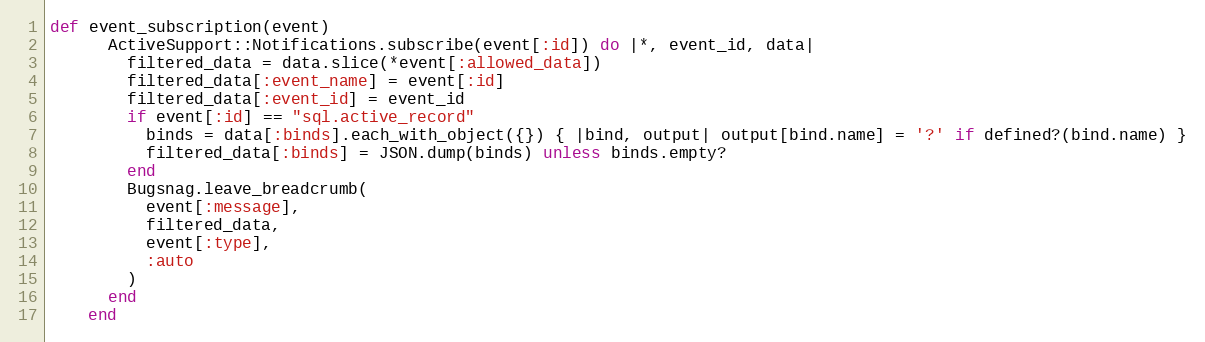
Language: Ruby
def event_subscription(event)
      ActiveSupport::Notifications.subscribe(event[:id]) do |*, event_id, data|
        filtered_data = data.slice(*event[:allowed_data])
        filtered_data[:event_name] = event[:id]
        filtered_data[:event_id] = event_id
        if event[:id] == "sql.active_record"
          binds = data[:binds].each_with_object({}) { |bind, output| output[bind.name] = '?' if defined?(bind.name) }
          filtered_data[:binds] = JSON.dump(binds) unless binds.empty?
        end
        Bugsnag.leave_breadcrumb(
          event[:message],
          filtered_data,
          event[:type],
          :auto
        )
      end
    end